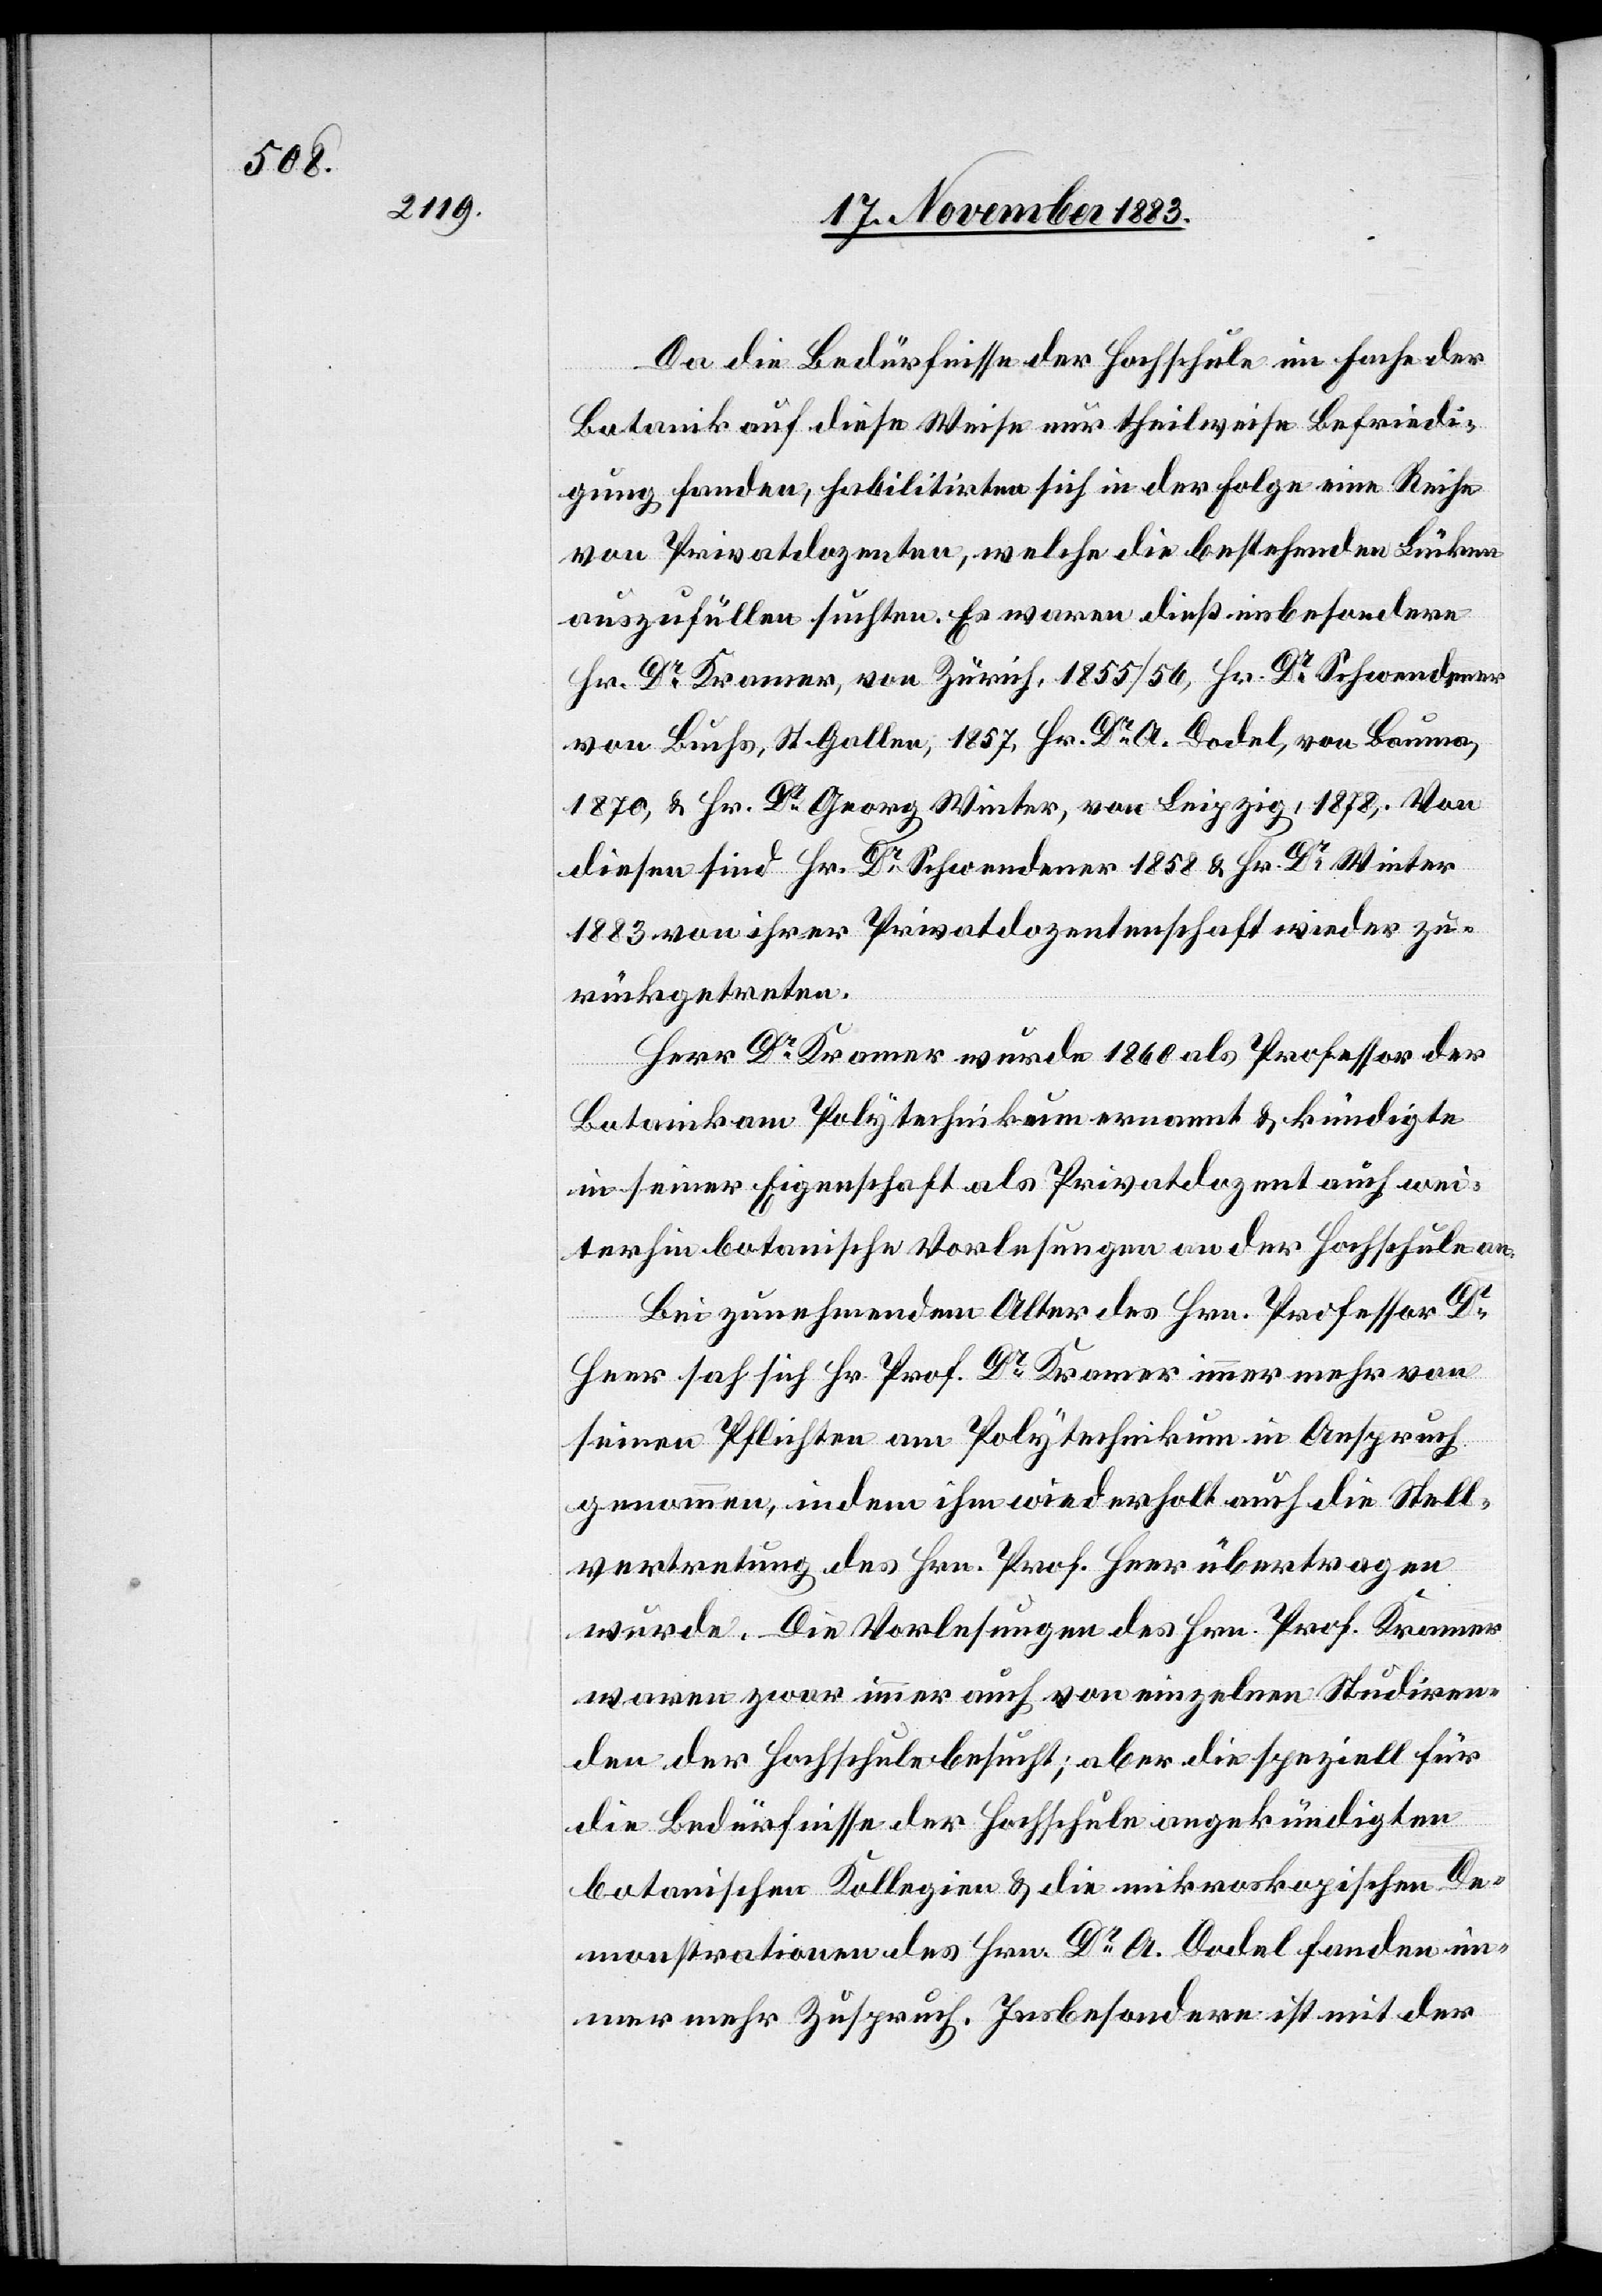
terhin

Da die Bedürfnisse der Hochschule im Fache der
Botanik auf diese Weise nur theilweise Befriedi¬
gung fanden, habilitirten sich in der Folge eine Reihe
von Privatdozenten, welche die bestehenden Lücken
auszufüllen suchten. Es waren dieß insbesondere
Hr. Dr Kramer, von Zürich, 1855/56, Hr. Dr Schwendener
von Buchs, St. Gallen, 1857, Hr. Dr A. Dodel, von Bauma,
1870, & Hr. Dr Georg Winter, von Leipzig, 1878. Von
diesen sind Hr. Dr Schwendener 1858 & Hr. Dr Winter
1883 von ihrer Privatdozentenschaft wieder zu¬
rückgetreten.
Herr Dr Kramer wurde 1860 als Professor der
Botanik am Polytechnikum ernannt & kündigte
in seiner Eigenschaft als Privatdozent auch wei¬
Bei zunehmendem Alter des Hrn. Professor Dr
Heer sah sich Hr. Prof. Dr Kramer immer mehr von
seinen Pflichten am Polytechnikum in Anspruch
genommen, indem ihm wiederholt auch die Stell¬
vertretung des Hrn. Prof. Heer übertragen
wurde. Die Vorlesungen des Hrn. Prof. Kramer
waren zwar immer auch von einzelnen Studiren¬
den der Hochschule besucht; aber die speziell für
die Bedürfnisse der Hochschule angekündigten
botanischen Kollegien & die mikroskopischen De¬
monstrationen des Hrn. Dr A. Dodel fanden im¬
mer mehr Zuspruch. Insbesondere ist mit der